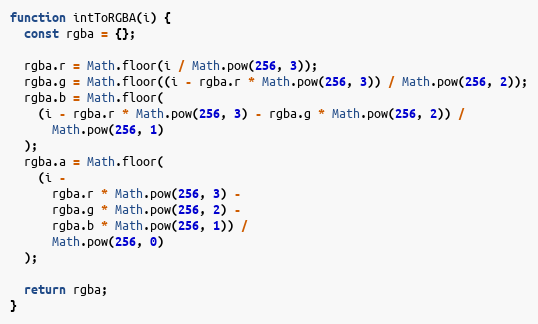
Language: JavaScript
function intToRGBA(i) {
  const rgba = {};

  rgba.r = Math.floor(i / Math.pow(256, 3));
  rgba.g = Math.floor((i - rgba.r * Math.pow(256, 3)) / Math.pow(256, 2));
  rgba.b = Math.floor(
    (i - rgba.r * Math.pow(256, 3) - rgba.g * Math.pow(256, 2)) /
      Math.pow(256, 1)
  );
  rgba.a = Math.floor(
    (i -
      rgba.r * Math.pow(256, 3) -
      rgba.g * Math.pow(256, 2) -
      rgba.b * Math.pow(256, 1)) /
      Math.pow(256, 0)
  );

  return rgba;
}